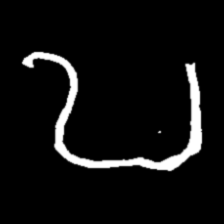
Pyu character \u2014 Myanmar letter: ဎ (romanized: ddha)